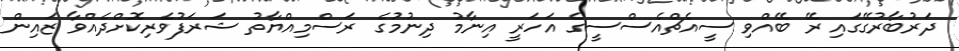
ދަރުބާރުގޭގައި ރޭ ބޭއްވި ސީއެޗްއެސްސީގެ އަހަރީ އިނާމު ދިނުމުގެ ރަސްމިއްޔާތު ޝަރަފުވެރިކޮށްދެއްވާ ޒައިން